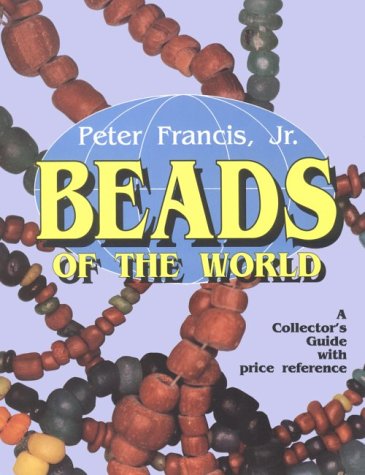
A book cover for Beads of the World: A Collector's Guide With Price Reference; Peter Francis; Crafts, Hobbies & Home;